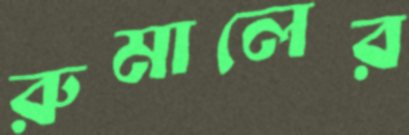
রুমালের